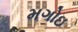
મગોઇ